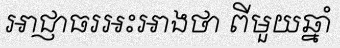
អាជ្ញាធរអះអាងថា ពីមួយឆ្នាំ